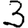
Digit: 3